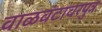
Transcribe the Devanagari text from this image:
वाळवंटावरपुत्र